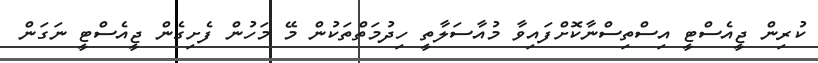
ކުރިން ޖީއެސްޓީ އިސްތިސްނާކޮށްފައިވާ މުއާސަލާތީ ހިދުމަތްތަކުން މޭ މަހުން ފެށިގެން ޖީއެސްޓީ ނަގަން